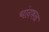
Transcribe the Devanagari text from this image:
चांदफळ